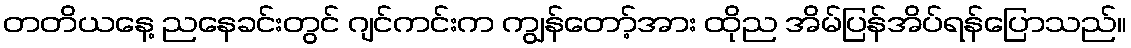
တတိယနေ့ ညနေခင်းတွင် ဂျင်ကင်းက ကျွန်တော့်အား ထိုည အိမ်ပြန်အိပ်ရန်ပြောသည်။